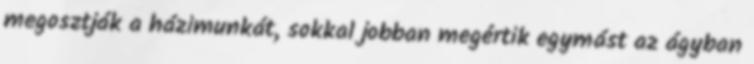
megosztják a házimunkát, sokkal jobban megértik egymást az ágyban